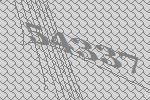
54337